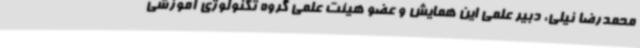
محمدرضا نیلی، دبیر علمی این همایش و عضو هیئت علمی گروه تکنولوژی آموزشی